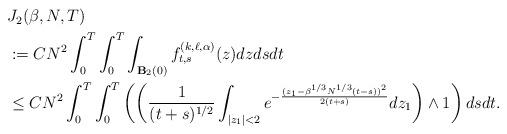
LaTeX: \begin{align*} \begin{aligned} &J_2(\beta, N,T) \\&:= CN^2 \int_0^T\int_0^T \int_{\mathbf{B}_2(0)} f^{(k,\ell,\alpha)}_{t,s}(z) dz ds dt \\&\leq CN^2 \int_0^T\int_0^T \left( \left( \frac{1}{(t+s)^{1/2} } \int_{|z_1|<2} e^{-\frac{(z_1-\beta^{1/3} N^{1/3}( t - s))^2}{2(t+s)}}dz_1 \right) \wedge 1 \right)ds dt.\end{aligned}\end{align*}